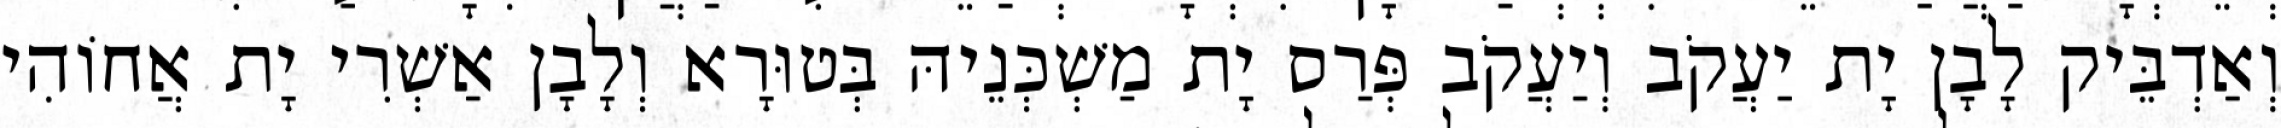
וְאַדְבֵּיק לָבָן יָת יַעֲקֹב וְיַעֲקֹב פְּרַס יָת מַשְׁכְּנֵיהּ בְּטוּרָא וְלָבָן אַשְׁרִי יָת אֲחוֹהִי